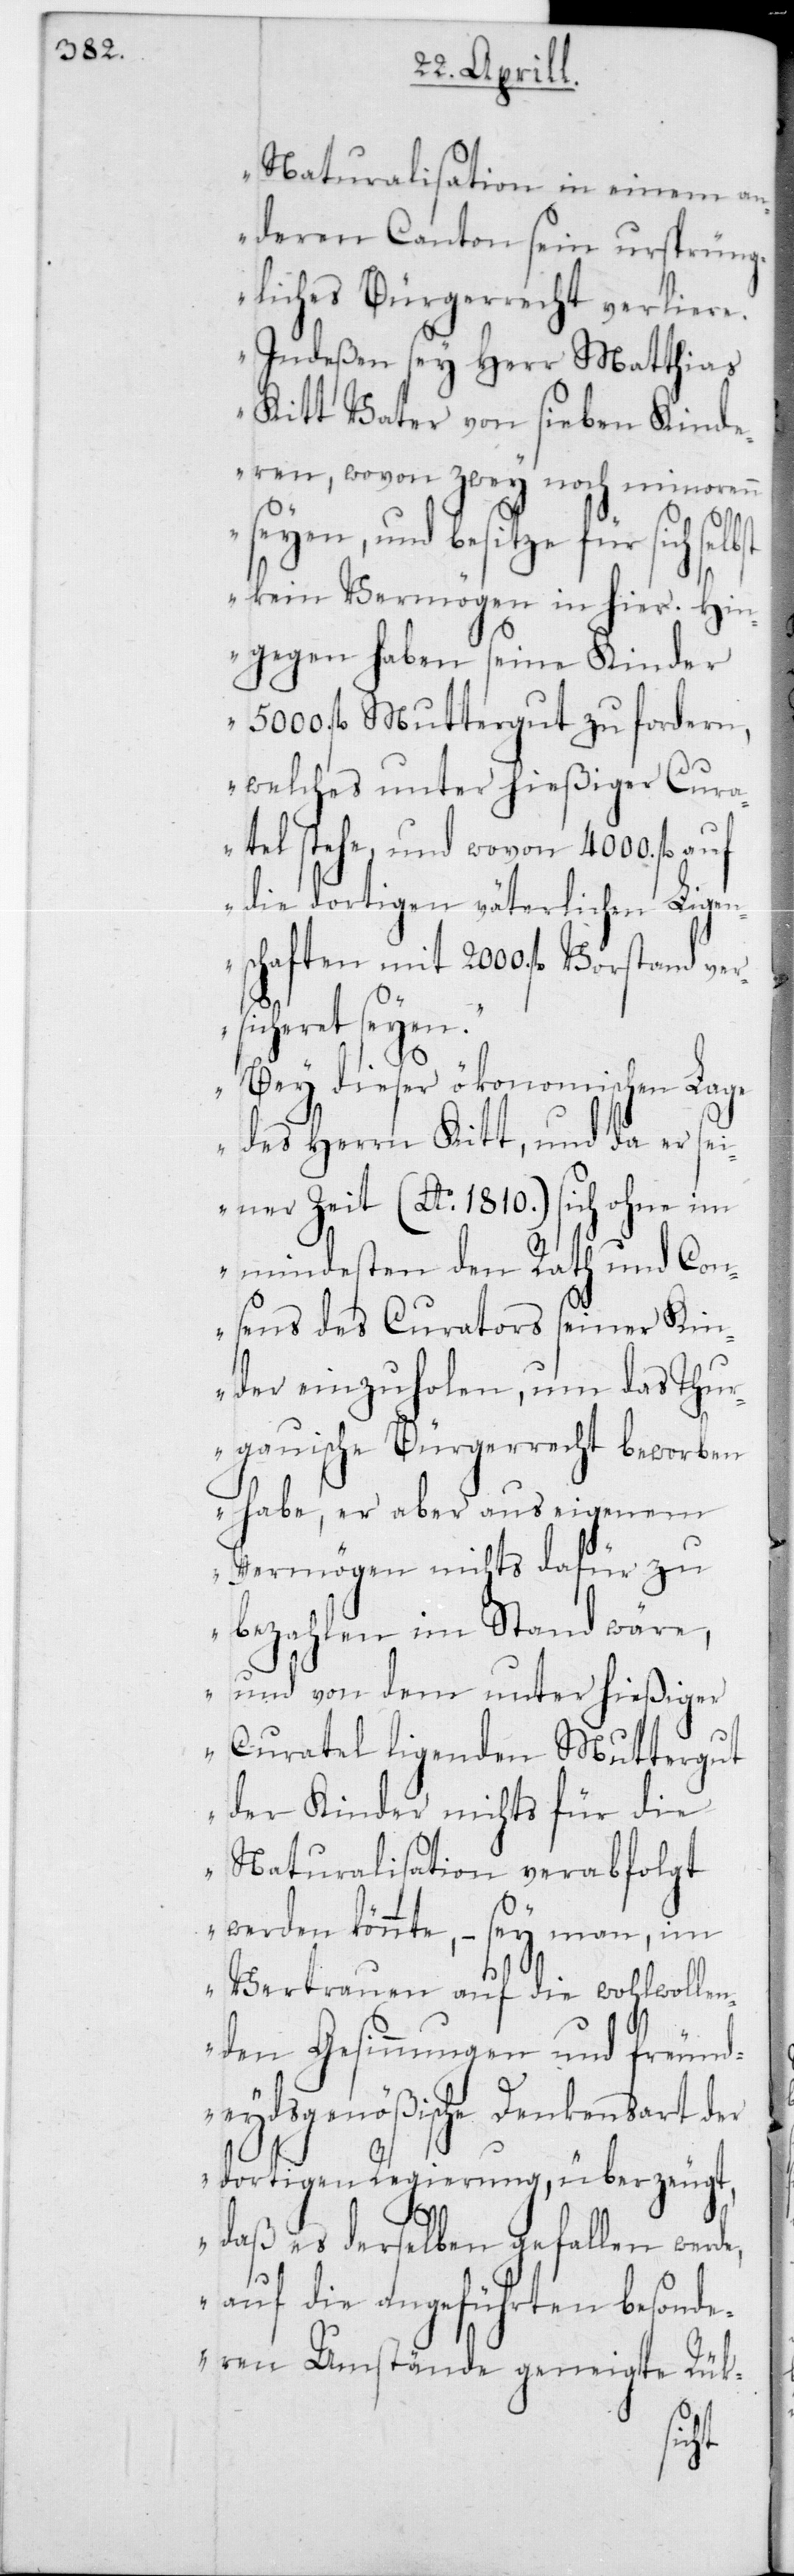
Naturalisation in einem an¬
deren Canton sein ursprüng¬
liches Bürgerrecht verliere.
Indeßen sey Herr Matthias
Kitt Vater von sieben Kinde¬
ren, wovon zwey noch minorenn
seyen, und besitze für sich
kein Vermögen in hier. Hin¬
gegen haben seine Kinder
5000 fl. Muttergut zu fordern,
welches unter hießiger Cur¬
atel stehe, und wovon 4000 fl. auf
die dortigen väterlichen Ligen¬
schaften mit 2000 fl. Vorstand ver¬
sicheret seyen.
Bey dieser ökonomischen Lage
des Herrn Kitt, und da er sei¬
ner Zeit (Ao 1810) sich ohne im
mindesten den Rath und Con¬
sens des Curators seiner Kin¬
der einzuholen, um das Thur¬
gauische Bürgerrecht beworben
habe, er aber aus eigenem
Vermögen nichts dafür zu
bezahlen im Stand wäre,
und von dem unter hießiger
Curatel liegenden Muttergut
der Kinder nichts für die
Naturalisation verabfolgt
werden könnte, – sey man, im
Vertrauen auf die wohlwollen¬
den Gesinnungen und freund¬
eydsgenößische Denkensart der
dortigen Regierung, überzeugt,
daß es derselben gefallen werde,
auf die angeführten besonde¬
ren Umstände geneigte Rük-